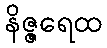
နိဇ္ဇရေထ